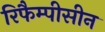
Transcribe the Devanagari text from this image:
रिफैम्पीसीन